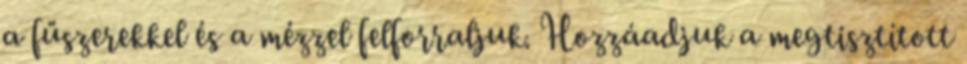
a fűszerekkel és a mézzel felforraljuk. Hozzáadjuk a megtisztított